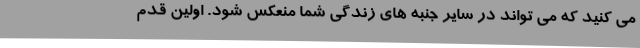
می کنید که می تواند در سایر جنبه های زندگی شما منعکس شود. اولین قدم